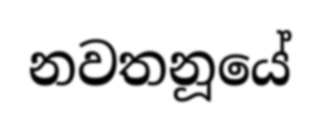
නවතනූයේ